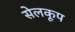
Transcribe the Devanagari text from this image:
सेलकूप